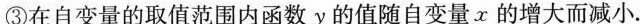
③在自变量的取值范围内函数y的值随自变量x的增大而减小.